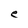
Character: e